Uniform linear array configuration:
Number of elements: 8
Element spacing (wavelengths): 1
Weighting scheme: uniform
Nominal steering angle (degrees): -45
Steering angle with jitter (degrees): -43.247
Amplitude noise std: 0.05
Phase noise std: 0.05

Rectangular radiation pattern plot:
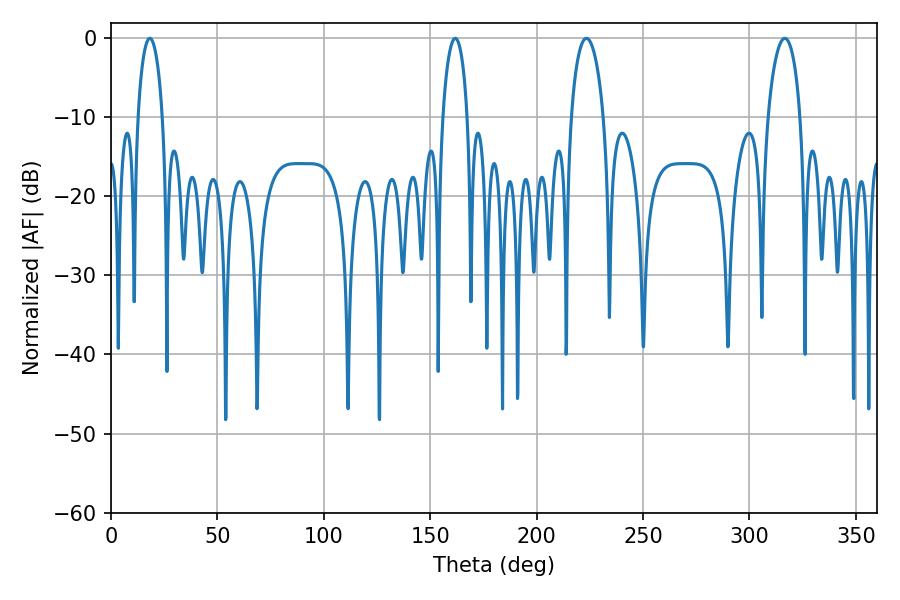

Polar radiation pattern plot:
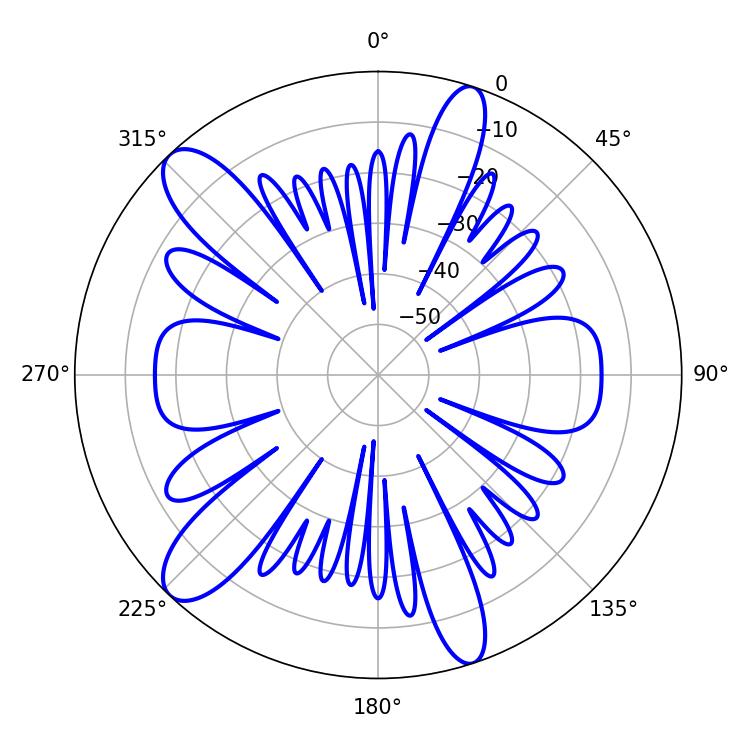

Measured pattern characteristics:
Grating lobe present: TRUE
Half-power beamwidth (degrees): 8.64
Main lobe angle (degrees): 223.38